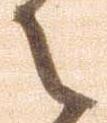
御